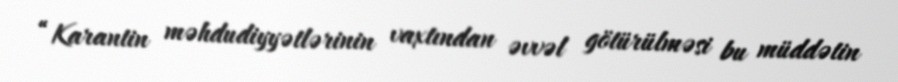
“Karantin məhdudiyyətlərinin vaxtından əvvəl götürülməsi bu müddətin